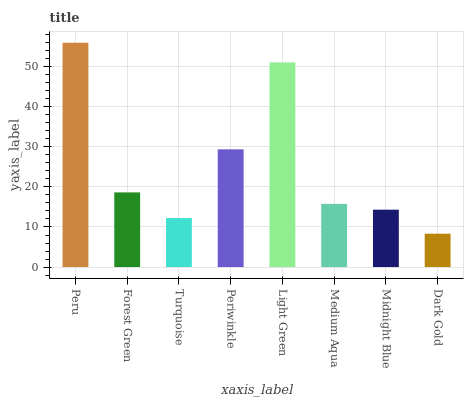
| xaxis_label | bars |
 | --- | --- |
 | Peru | 56 |
 | Forest Green | 18.6 |
 | Turquoise | 12.2 |
 | Periwinkle | 29.4 |
 | Light Green | 51.1 |
 | Medium Aqua | 15.8 |
 | Midnight Blue | 14.3 |
 | Dark Gold | 8.32 |